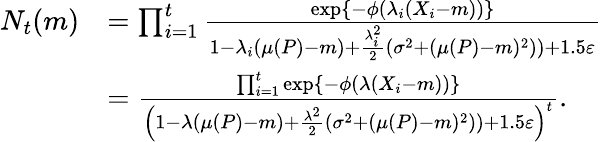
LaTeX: \begin{array}{rl}{N_{t}(m)}&{=\prod_{i=1}^{t}\frac{\exp\{ -\phi(\lambda_{i}(X_{i}-m))\} }{1-\lambda_{i}(\mu(P)-m)+\frac{\lambda_{i}^{2}}{2}\left(\sigma^{2}+(\mu(P)-m)^{2})\right)+1.5\varepsilon}}\\ &{=\frac{\prod_{i=1}^{t}\exp\{ -\phi(\lambda(X_{i}-m))\} }{\left(1-\lambda(\mu(P)-m)+\frac{\lambda^{2}}{2}\left(\sigma^{2}+(\mu(P)-m)^{2})\right)+1.5\varepsilon\right)^{t}}.}\end{array}